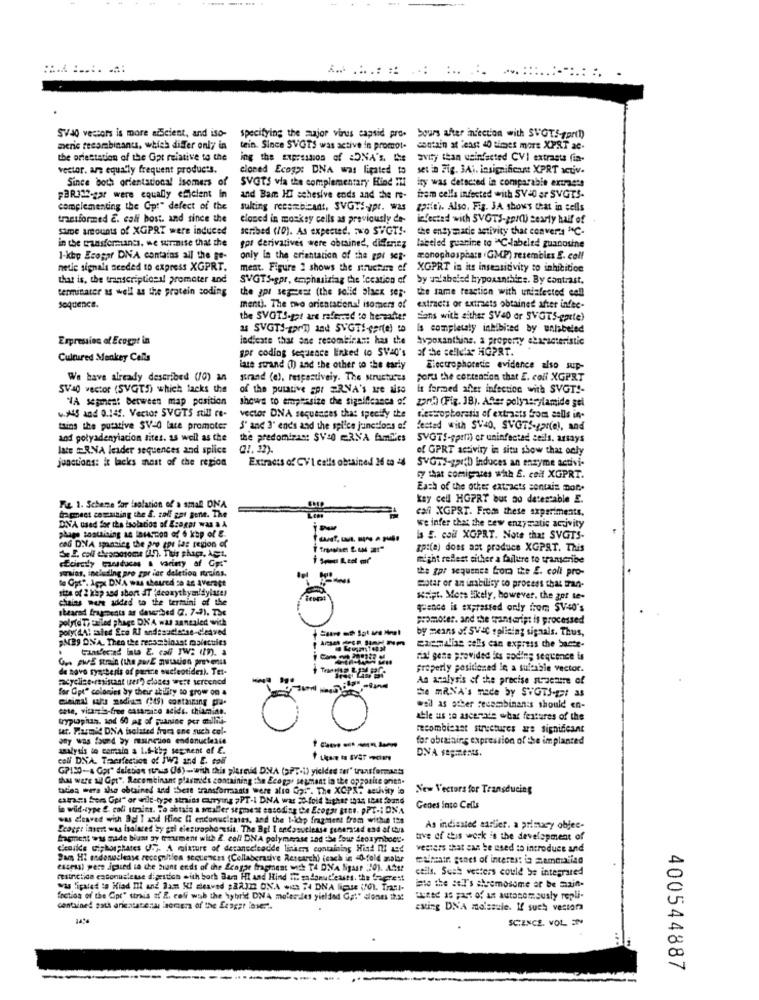
-
SVAO vectors is more azScient, and iso- specifying the mujor virus capsid pro.
bours after infection with SVGTSporti)
meric recombinant, which differ only in tein. Since SVGTS was active in promot-
contain at least 40 thenes more XPRT ac.
the oriestation of the Gpt relative to the
ing the Expression of DNA's, Le
avity than usinfacted CVI extrasts fin-
vector. are equally frequent products.
cloned Ecogx: DNA was ligated to
set in Fig. 3Ai. insignificant XPRT activ.
SVGTS via the complementary Find IT
ity was detsered in comparable extraets
Since both orientational isomers of
FBR323-gar were equally efficient In
and Bam Hi schesive ends and the re-
frem cells infected with SV=0 ar SVGTS-
complementing the Gp:" defect of the
sukting recombinant, SVGT :- pr. was apiiei Also. Fig. JA shows that in cells
transformed E. coli host. and since the
cloned in mosksy cells as previously de-
infected with SVOTS-gait) Searly half of
Same amounts of XPRT were induced
scribed (10). As expected. Two SWOT !-
the ensy macie activity that converts "C-
in the czasformuants. we surmise that the
gpr derivatives were obtained, differing
labeled guanine to ACHlabeled zuanosine
1-kbp Ecogar DNA contains all the ge-
only in the erientation of the gov seg-
monophosphars iGMP) resembles E. coll
netie signals needed to express XGPRT.
ment. Figure 2 shows the structure of
XGPRT in its insensitivity to inhibition
that is, the transcriptionil promoter and
SVGTS-gpr, emphasizing the location of
Sy unlabeled hypoxanthine. By contrast,
terminater as well as the protein coding
the same reaction with undafestod cell
the gpu semest (the solid black ser-
Soquence.
ment). The two orientaciona! isomers of
extracts or axirets obtained after infec-
the SVGTS-got are raffermed to hereafter
sans with either SV40 or SVGTS-garte)
as SVGTS-gr) and SVGTI-gar(e) to
Is completely inhibited by unlabeled
Expression of Ecogot in
indicate that one recombinant has the
Avpoxanthine. a property abasseteristic
gor coding sequence linked to SVad's
af the cellular HGPRT.
Cultured Monkey Cells
late strand (1) and the other to the early
Electrophoresis evidence also sup-
We have already described (10) an
strand (e), respectively. The Mructures
Ford the contention that E. coli XGPRT
SV40 vector (SVGTh) which lacks the
of the putative sor ERNA's ire also
it formed after infection with SVGT !-
VA scpest between map position
shows to emphasize the significance of
z270 (Fig. 38). After polynsrylamide gel
.45 and 0.149. Vector SVGTS still re-
vector DNA sequences that specify the
Cestropboratis of extraats from aalls in-
tains the putative SV-d lace promoter
S' and 3' ends and the spilce junctions of
fested with SV40. SVGTS-gar(el, and
and polyadenyiacion sites. as well as the
the predominac: SV40 ERNA familes
SVGTS-spill) er uninfected cells. arsays
late #RNA leader sequences and splice
(1. 22).
of GPRT activity in situ show that only
jeactions: it lacks most of the region
Extracts of CV'I calls obtained 26 to 44
SVGTS-gpib induces an enzyme activi-
17 that comiques wih E. coll XGPRT.
Each of the other extracts sentais more
kay cell HGPRT but ao detestable E.
Fie. 1. Scheme for isolation of a small ONA
cali XGPRT. From these experiments.
frpmeet comaining the &. zoll gar gene. The
we infer that the cew enzymatic activity
DVA used for the isolation of Ecegpr was & A
phage sostaining as a14ston of 6 kap of &-
is E. coul XOPRT. Note that SVGTS-
ca6 DNA spanning the pre cor las region of
zp:(a) does ast produce XGPST. This
cfoirely Cansduces & variety of Goo"
might reflest either a failure to transcribe
praias, including pro zor ice deletion itruins.
the zpr sequence fora the E. coli pro-
to Get", Igp DNA was sheured so an average
site of 2 kup and abort IT 'deoxythymidyiate!
motar or an inability to process that tran-
chains were added to the termini of the
sript. More likely, however, the got te-
shearad fragments as described (. 7-2). The
quence is expressed only from SV40's
polylaTy tailed phage DNA was annealed with
promoter. and the transcript is processed
by means of SV&C solieing signals. Thus,
PM29 ONA. Then the recombinant molecules
transferred Inta E. caff IW: (Pm). a
ezenalias sells can express the bacte-
Que pu& strain (the pwrE mutation prevents
Fal gente provided its soding sequence is
de novo synthesis of purine oucleotides). Tet-
properly positioned in a suitable vector.
sacycline-resistant (es) closes were screened
An analysis of the precise structure of
for Gpt" colonies by their ability to grow on a
te maNA's made by SWGTS-got as
cose, vicaria-free casamino acids, chiamino.
weil as other secombinan:s should en-
tryptophan. and 60 ag of juanine por mullha-
able us :o ascenale what features of the
kat. Parmi DNA isolated frees one such col-
0
meombieast structures are significant
any was found by muncion endonucteste
for obtaining expression of the implanted
analysis to comrain a 1.5-kb; segment of £.
-----
cell DNA. Tacsfection of JW2 and E. toll
GP130-4 Gpr" deletion tunus (6)-with this plasmid DNA (a?".i) yielded ter" transformants
that ware sil Gpt". Recombinant plasmids containing the Ecogay segment in the opposite orien-
tadlea mera also obtained and there transformaats were also Gp.". The XCPX" aeuivity lo
New Vectors for Transducing
catrans fers Gpl" or wilt-type strains carrying #PT-1 DNA was 20-fold higher 1015 IBAt found
in wid-type E. coli strains. To shtala a smaller seproest encoding Ce Ecogar tons. pPT -; DNA
Genes into Cells
was desved with 3d I and Rine Il endonucicases, and the tichp fragment from within 1hs
Fcogpt ineit was isolared by gal diestrophoresis. The Bgl I endasutiesse generated end of this
As indiasted earlier. a primacy objec-
fragment was made blant zy tomement with 2. coll DNA polymerase and the four deoxymboet.
tive of this work 's the development of
Licorice Giphosphates U7. A mixture of detanecleadde linker containing Hind ni and
vesters that can be used to introduce and
Sam HI esdonclease recognition sequences (Collaborative Research) (each in 0-fold malar
esmatr gonet of interest in mammalian
esseas) pere ipued in die bant ends of the Scagar fragment with TA DNA ligast 20). Attr
calls. Sush vetters could be integrated
mesinetida esconuslesse digestion with both Bam HI and Hind I sadonut'essts. the frerest
was fipaled to Hiad It and Jam SI cleaved $22.322 ONA eus 74 DNA ligue 110). Trast-
into the sel's chromosome or be saint-
foction of the Cpt" ttrais af E. coli wab the hybrid DNA molesdes yielded Ga:" ciones ihs:
ByRed as part of as autonomously repli-
contained satt aricatatena laomera of the Easger inser".
exting DNA molsaule. If such vestora
SCIENCE. VOL EN
400544887